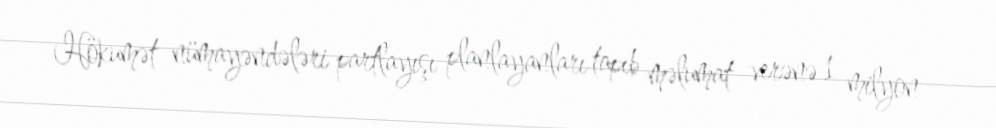
Hökumət nümayəndələri partlayışı planlayanları tapıb məlumat verənə 1 milyon